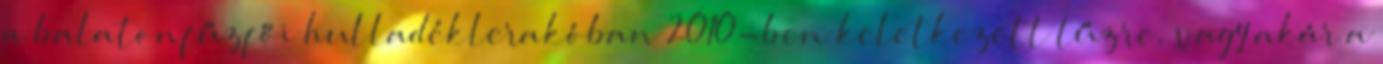
a balatonfűzfői hulladéklerakóban 2010-ben keletkezett tűzre, vagy akár a